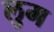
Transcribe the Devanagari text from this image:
लुम